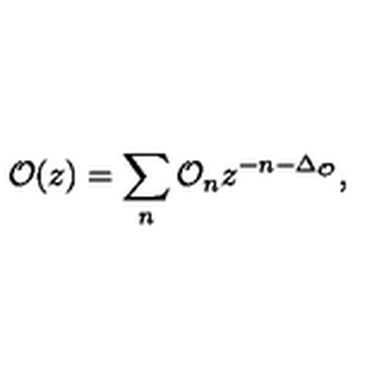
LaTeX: \mathcal { O } ( z ) = \sum _ { n } \mathcal { O } _ { n } z ^ { - n - \Delta _ { \mathcal { O } } } ,